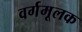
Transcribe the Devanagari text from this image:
वर्गमूलक